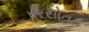
પરસોતમ